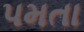
પમતા